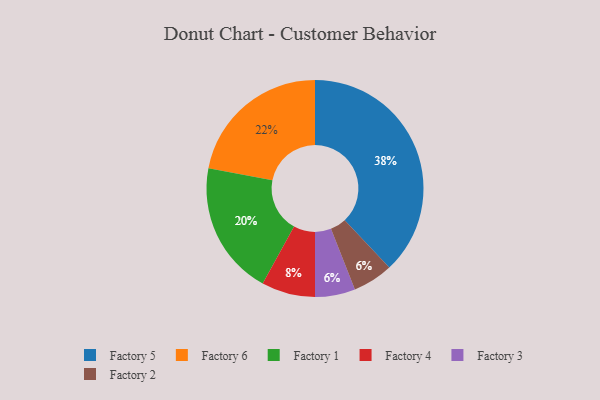
{"axis": {"x": "Category", "y": "Percentage"}, "legend": ["Factory 1", "Factory 2", "Factory 3", "Factory 4", "Factory 5", "Factory 6"], "data": [{"x": "Factory 4", "y": 8, "type": "Factory 4"}, {"x": "Factory 3", "y": 6, "type": "Factory 3"}, {"x": "Factory 1", "y": 20, "type": "Factory 1"}, {"x": "Factory 2", "y": 6, "type": "Factory 2"}, {"x": "Factory 6", "y": 22, "type": "Factory 6"}, {"x": "Factory 5", "y": 38, "type": "Factory 5"}]}